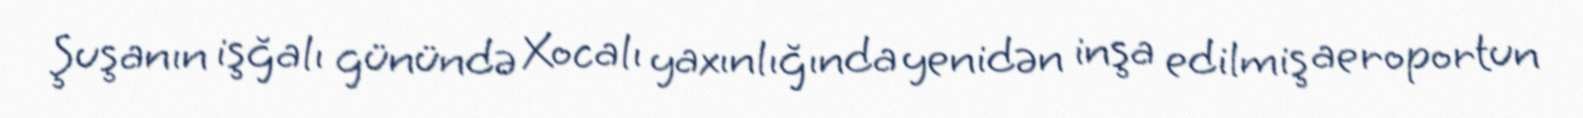
Şuşanın işğalı günündə Xocalı yaxınlığında yenidən inşa edilmiş aeroportun